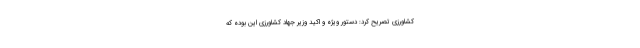
کشاورزی تصریح کرد: دستور ویژه و اکید وزیر جهاد کشاورزی این بوده که